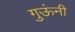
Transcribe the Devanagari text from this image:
गुऊंनी